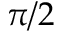
\pi / 2